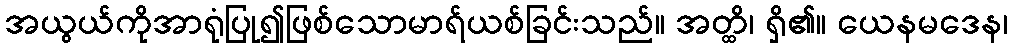
အယွယ်ကိုအာရုံပြု၍ဖြစ်သောမာရ်ယစ်ခြင်းသည်။ အတ္ထိ၊ ရှိ၏။ ယေနမဒေန၊